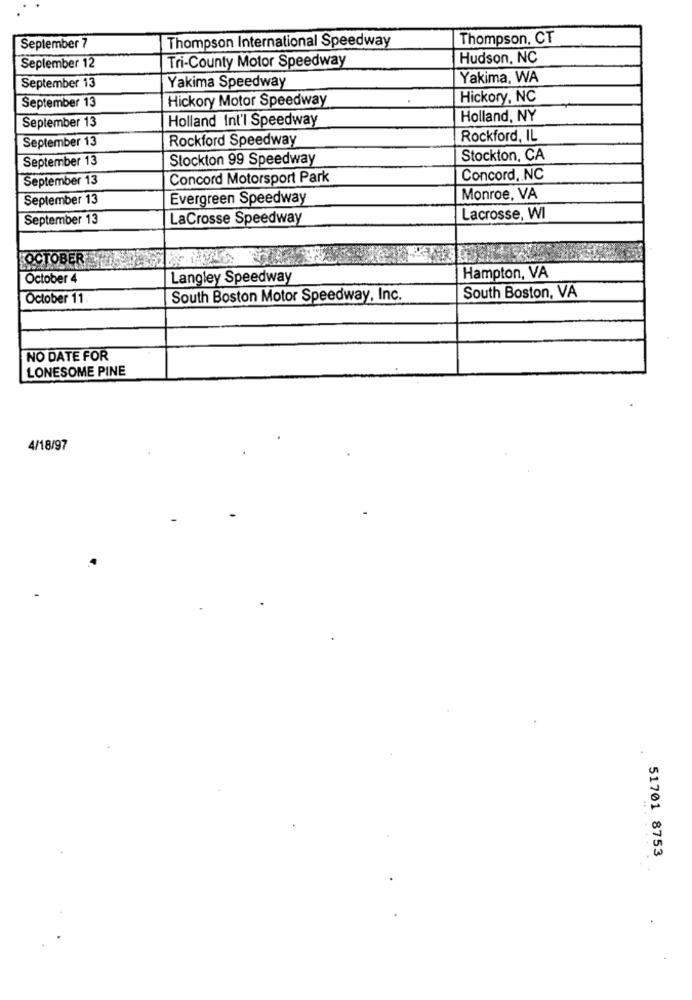
Thompson International Speedway
Thompson, CT
September 7
Hudson, NC
Seplember 12
Tri-County Motor Speedway
Yakima, WA
September 13
Yakima Speedway
Hickory Motor Speedway
Hickory, NC
September 13
Holland Int'l Speedway
Holland, NY
September 13
September 13
Rockford Speedway
Rockford, IL
September 13
Stockton 99 Speedway
Stockton, CA
September 13
Concord Motorsport Park
Concord, NC
September 13
Evergreen Speedway
Monroe, VA
September 13
LaCrosse Speedway
Lacrosse, WI
OCTOBER
October 4
Langley Speedway
Hampton, VA
October 11
South Boston Motor Speedway, Inc.
South Boston, VA
NO DATE FOR
LONESOME PINE
4/18/97
51701 8753